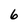
Character: 6